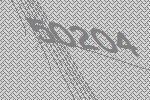
50204